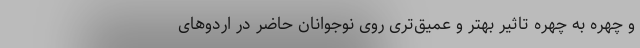
و چهره به چهره تاثیر بهتر و عمیق‌تری روی نوجوانان حاضر در اردوهای